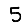
Digit: 5